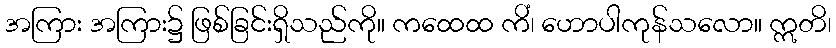
အကြား အကြား၌ ဖြစ်ခြင်းရှိသည်ကို။ ကထေထ ကိံ၊ ဟောပါကုန်သလော။ ဣတိ၊